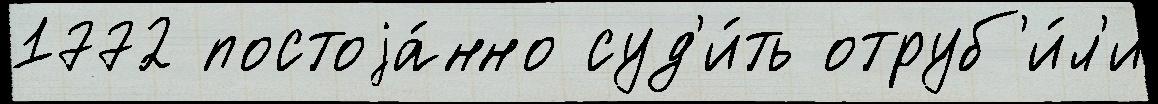
1772 постоjа́нно суд'и́ть отруб'и́л'и